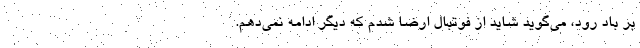
بر باد رود، مي‌گويد شايد از فوتبال ارضا شدم كه ديگر ادامه نمي‌دهم.